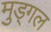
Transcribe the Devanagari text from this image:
मुड्गल